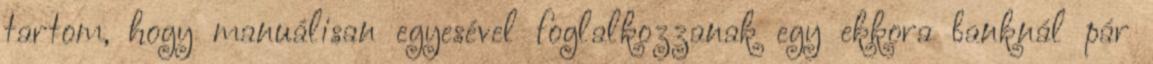
tartom, hogy manuálisan egyesével foglalkozzanak egy ekkora banknál pár